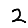
Digit: 2